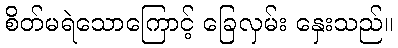
စိတ်မရဲသောကြောင့် ခြေလှမ်း နှေးသည်။